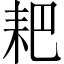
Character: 耙